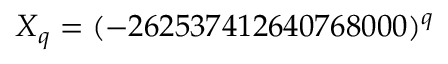
X _ { q } = ( - 2 6 2 5 3 7 4 1 2 6 4 0 7 6 8 0 0 0 ) ^ { q }